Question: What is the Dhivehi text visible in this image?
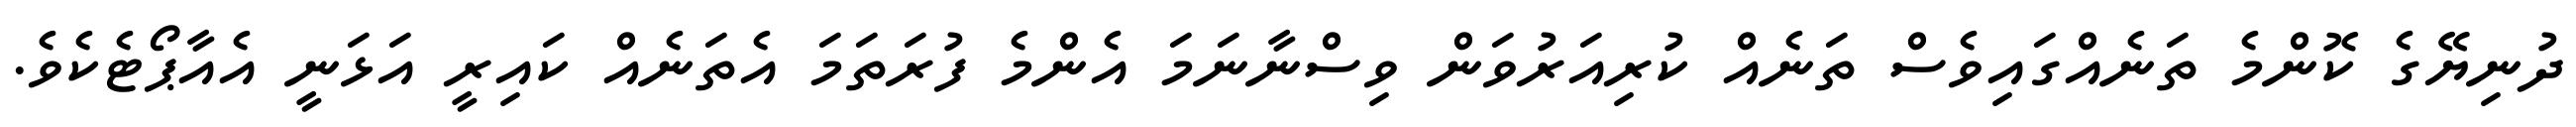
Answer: ދުނިޔޭގެ ކޮންމެ ތަނެއްގައިވެސް ތަނެއް ކުރިއަރުވަން ވިސްނާނަމަ އެންމެ ފުރަތަމަ އެތަނެއް ކައިރީ އަޅަނީ އެއާޕޯޓެކެވެ.